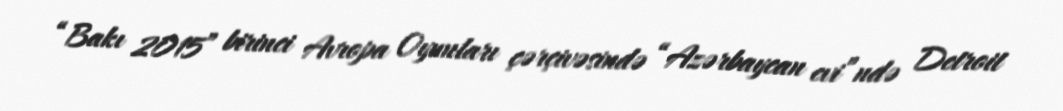
“Bakı 2015” birinci Avropa Oyunları çərçivəsində “Azərbaycan evi”ndə Detroit